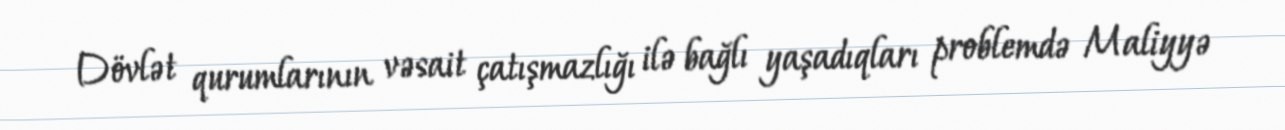
Dövlət qurumlarının vəsait çatışmazlığı ilə bağlı yaşadıqları problemdə Maliyyə